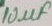
Text: 10µF